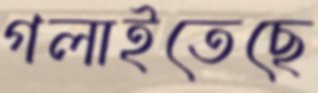
গলাইতেছে